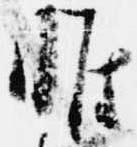
惟